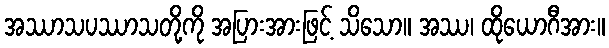
အဿာသပဿာသတို့ကို အပြားအားဖြင့် သိသော။ အဿ၊ ထိုယောဂီအား။